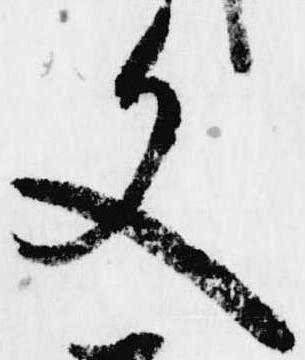
文